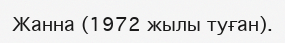
Жанна (1972 жылы туған).